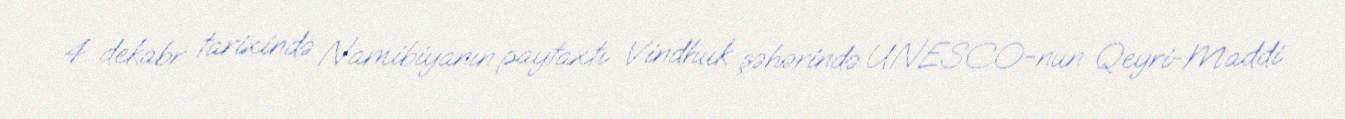
4 dekabr tarixində Namibiyanın paytaxtı Vindhuk şəhərində UNESCO-nun Qeyri-Maddi